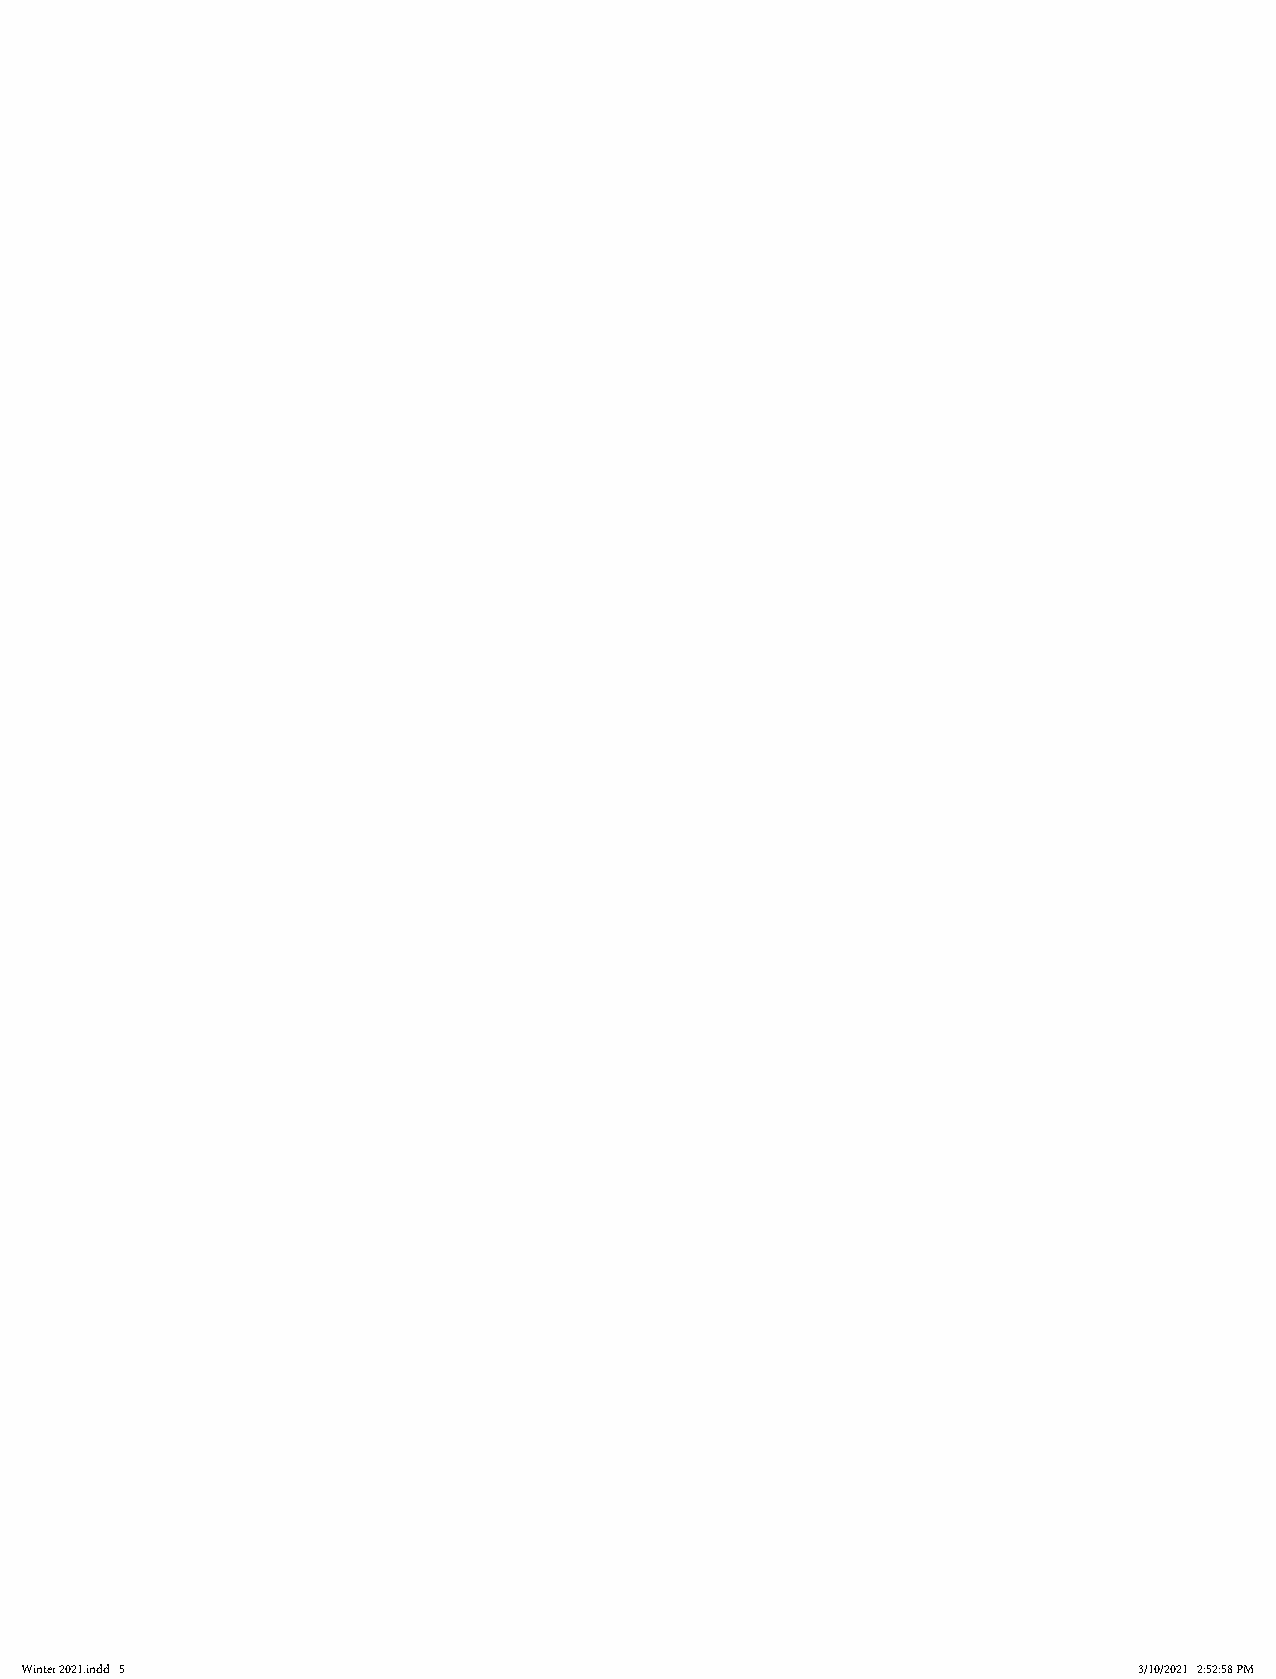
Winter 2021.indd 5                                                        3/10/2021 2:52:58 PM